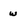
Character: w